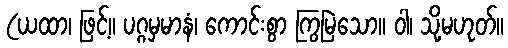
(ယထာ၊ ဖြင့်။ ပဂ္ဂမှမာနံ၊ ကောင်းစွာ ကြွမြဲသော။ ဝါ၊ သို့မဟုတ်။